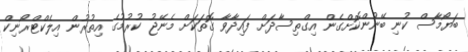
ބަޔޯމާސް ކުނި ބޭނުންކޮށްގެން އިގްތިސާދަށް ފައިދާވާ ގޮތަކަށް މެނޭޖު ކުރުމުގެ އިތުރުން އިލެކްޓްރޯނިކް